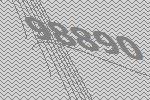
98890